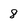
Character: 8